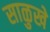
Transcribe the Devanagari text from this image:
साळुखे